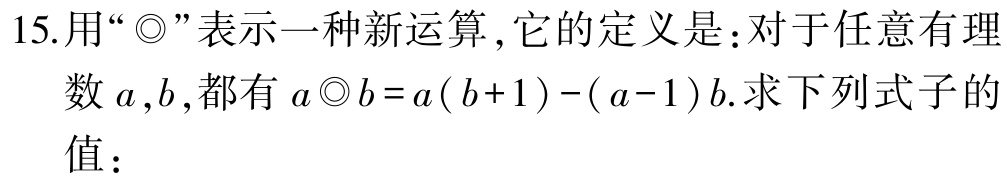
15.用“$\bigodot$”表示一种新运算，它的定义是：对于任意有理数$a,b$，都有$a\bigodot b = a(b + 1)-(a - 1)b$.求下列式子的值：